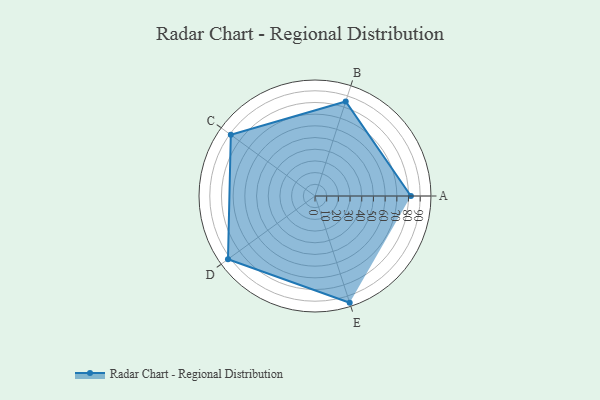
{"axis": {"x": "Skill", "y": "Score"}, "legend": ["Profile"], "data": [{"x": "A", "y": 82.0, "type": "Profile"}, {"x": "B", "y": 85.0, "type": "Profile"}, {"x": "C", "y": 89.0, "type": "Profile"}, {"x": "D", "y": 92.0, "type": "Profile"}, {"x": "E", "y": 96.0, "type": "Profile"}]}